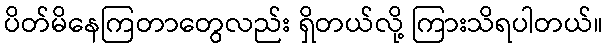
ပိတ်မိနေကြတာတွေလည်း ရှိတယ်လို့ ကြားသိရပါတယ်။